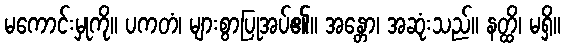
မကောင်းမှုကို။ ပကတံ၊ များစွာပြုအပ်၏။ အန္တော၊ အဆုံးသည်။ နတ္ထိ၊ မရှိ။